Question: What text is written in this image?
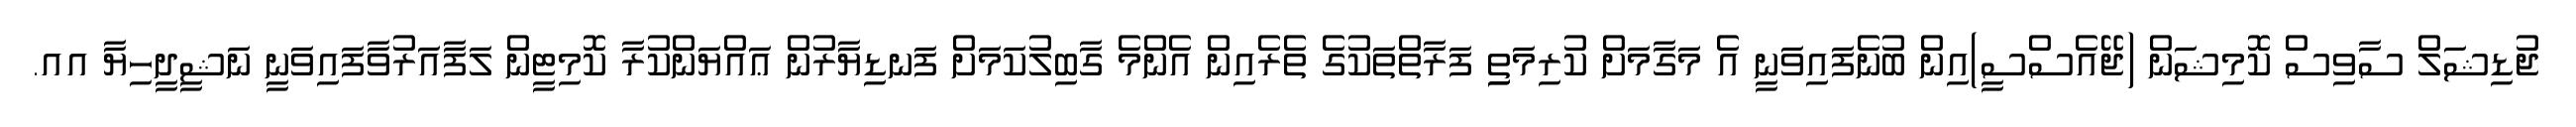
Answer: ޖުޑިޝަލް ސާވިސް ކޮމިޝަން (ޖޭއެސްސީ)އިން ބުނެފައިވަނީ އެ މަގާމަށް ކުރިމަތިި ފަރާތްތަކުގެ ތެރެއިން އެންމެ ގާބިލުކަމަށް ފަނޑިޔާރުން ޢައްޔަންކުރާ ކޮމިޓީން ލަފާއަރުވާފައިވަނީ ނަޝީދީހިޔާ އއ.